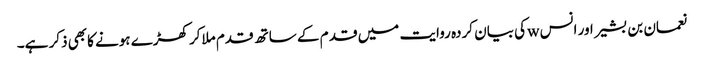
نعمان بن بشیر اور انس wکی بیان کردہ روایت میں قد م کے ساتھ قدم ملاکر کھڑے ہونے کابھی ذکر ہے۔